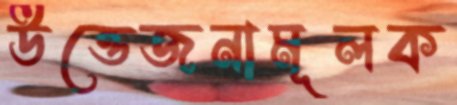
উত্তেজনামূলক